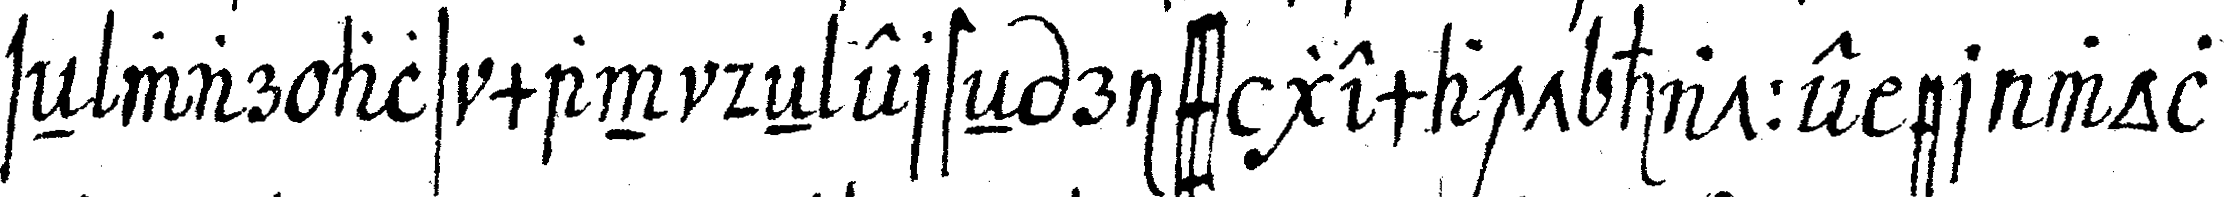
seN war als man deN ersteN riss gemacht hatte er wol